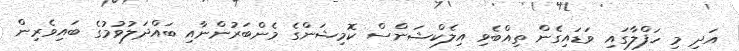
އަދި މި ހަފްލާގައި ވަޑައިގެން ތިއްބެވި އިލެކްޝަންސް ކޮމިޝަންގެ މެންބަރުންނާއި ބައްދަލުވުމުގެ ބައިވެރިން